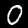
Digit: 0